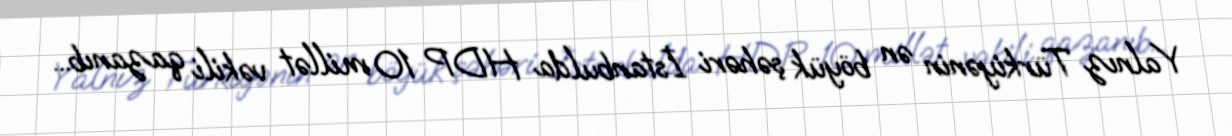
Yalnız Türkiyənin ən böyük şəhəri İstanbulda HDP 10 millət vəkili qazanıb...